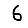
Digit: 6